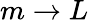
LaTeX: m\to L